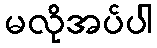
မလိုအပ်ပါ